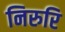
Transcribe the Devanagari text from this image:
निरुरि